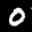
Label: 0